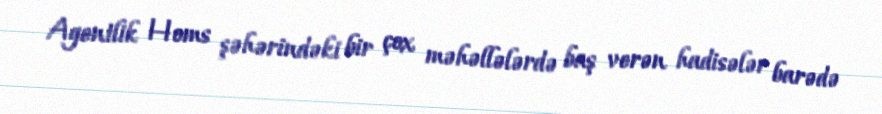
Agentlik Homs şəhərindəki bir çox məhəllələrdə baş verən hadisələr barədə